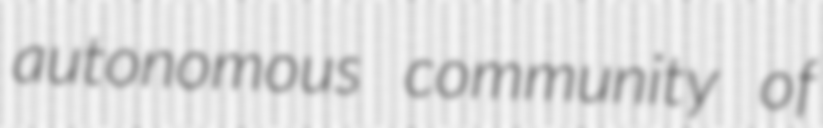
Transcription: autonomous community of